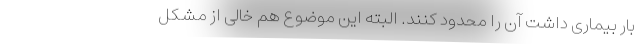
بار بیماری داشت آن را محدود کنند. البته این موضوع هم خالی از مشکل